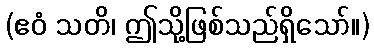
(ဧဝံ သတိ၊ ဤသို့ဖြစ်သည်ရှိသော်။)